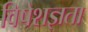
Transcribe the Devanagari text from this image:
विषेशज्ञता